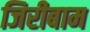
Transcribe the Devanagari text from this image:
जिरीबाम